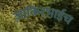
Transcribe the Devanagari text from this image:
ज़ाकिरभाईच